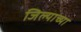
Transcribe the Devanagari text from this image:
जिल्याच्या